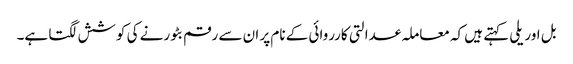
بل اوریلی کہتے ہیں کہ معاملہ عدالتی کارروائی کے نام پر ان سے رقم بٹورنے کی کوشش لگتا ہے۔